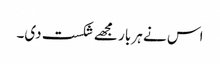
اس نے ہر بار مجھے شکست دی۔